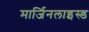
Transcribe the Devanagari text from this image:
मार्जिनलाइस्ड